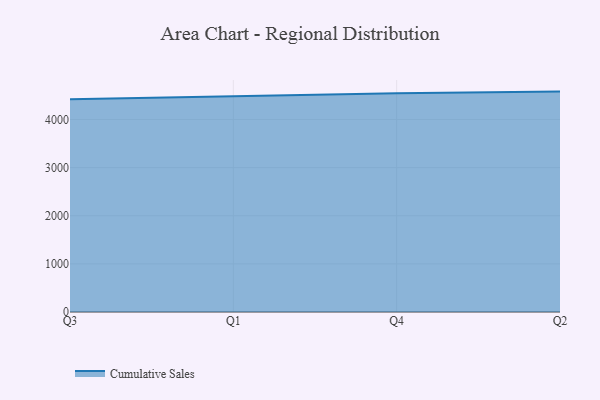
{"axis": {"x": "Quarter", "y": "Demand Index"}, "legend": ["Cumulative Sales"], "data": [{"x": "Q3", "y": 4421.6, "type": "Cumulative Sales"}, {"x": "Q1", "y": 4491.0, "type": "Cumulative Sales"}, {"x": "Q4", "y": 4545.7, "type": "Cumulative Sales"}, {"x": "Q2", "y": 4581.1, "type": "Cumulative Sales"}]}